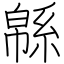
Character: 緜